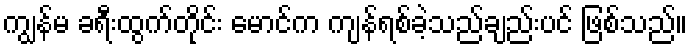
ကျွန်မ ခရီးထွက်တိုင်း မောင်က ကျန်ရစ်ခဲ့သည်ချည်းပင် ဖြစ်သည်။